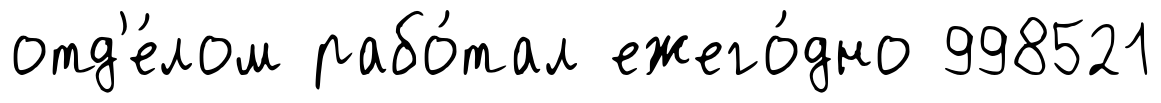
отд'е́лом рабо́тал ежего́дно 998521